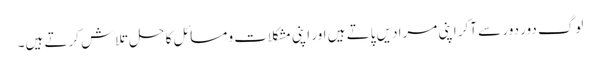
لوگ دور دور سے آکر اپنی مرادیں پاتے ہیں اور اپنی مشکلات و مسائل کا حل تلاش کرتے ہیں۔